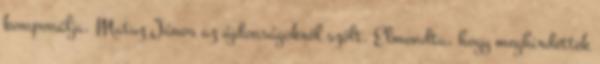
komponálja. Matuz János az újdonságokról szólt. Elmondta, hogy meghirdettek